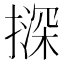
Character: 𪮨